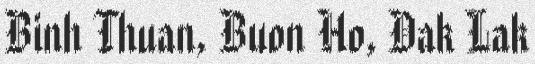
Binh Thuan, Buon Ho, Dak Lak